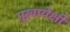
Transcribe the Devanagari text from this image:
मुखायेक्षी